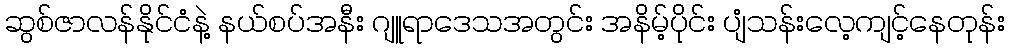
ဆွစ်ဇာလန်နိုင်ငံနဲ့ နယ်စပ်အနီး ဂျူရာဒေသအတွင်း အနိမ့်ပိုင်း ပျံသန်းလေ့ကျင့်နေတုန်း